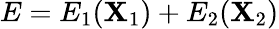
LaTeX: E=E_{1}(\mathbf{X}_{1})+E_{2}(\mathbf{X}_{2})